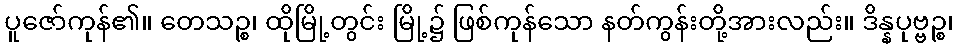
ပူဇော်ကုန်၏။ တေသဉ္စ၊ ထိုမြို့တွင်း မြို့၌ ဖြစ်ကုန်သော နတ်ကွန်းတို့အားလည်း။ ဒိန္နပုဗ္ဗဉ္စ၊